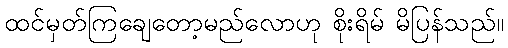
ထင်မှတ်ကြချေတော့မည်လောဟု စိုးရိမ် မိပြန်သည်။